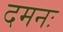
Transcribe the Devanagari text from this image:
दमनः